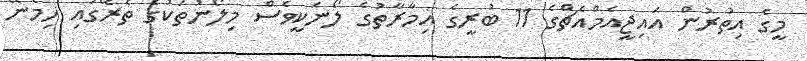
މީގެ އިތުރުން އައިޖީއެމްއެޗްގެ 11 ބުރީގެ އިމާރާތުގެ ލޯނަކީވެސް މިލޯނުތަކުގެ ތެރޭގައި ހިމެނޭ